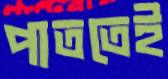
পাততেই